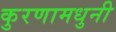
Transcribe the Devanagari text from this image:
कुरणामधुनी